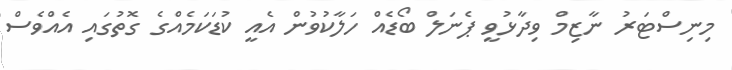
މިނިސްޓަރު ނާޒިމް ވިދާޅުވީ ޕެނަލް ބޯޑެއް ހަލާކުވުން އެއީ ކުޑަކަމެއްގެ ގޮތުގައި އެއްވެސް